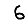
Digit: 6